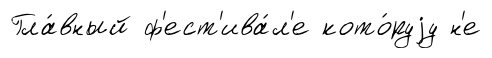
Гла́вный ф'ест'ива́л'е кото́руjу н'е